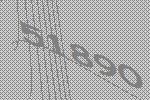
51890